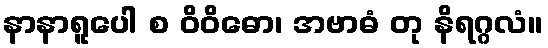
နာနာရူပေါ စ ဝိဝိဓော၊ အဗာဓံ တု နိရဂ္ဂလံ။